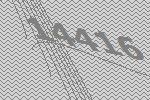
14416